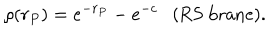
\rho ( r _ { P } ) = e ^ { - r _ { P } } - e ^ { - c } \mathrm { ( R S ~ b r a n e ) } .